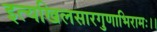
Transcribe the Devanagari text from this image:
इत्यखिलसारगुणाभिरामः।।